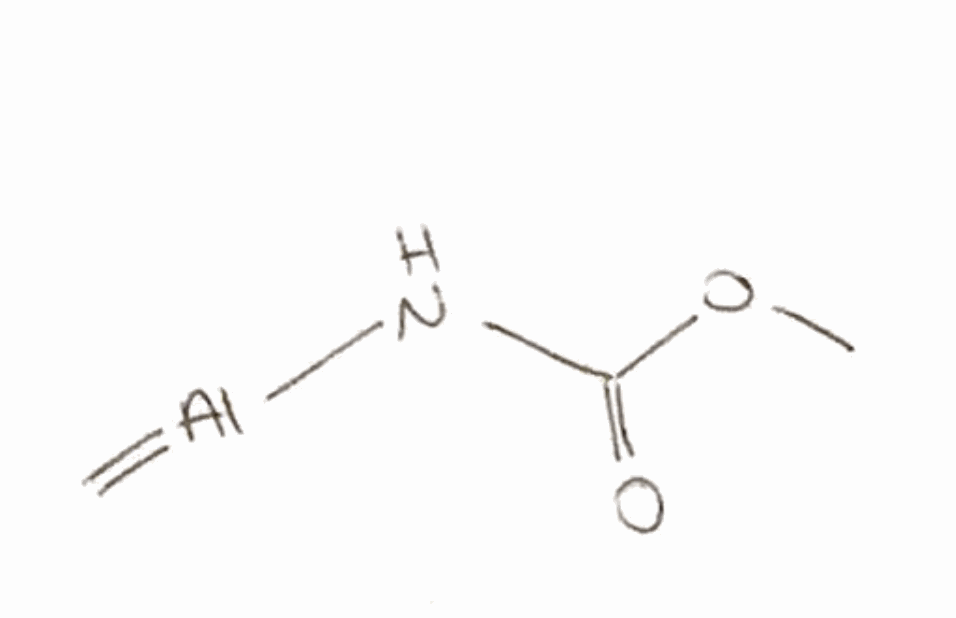
Simplified molecular-input line-entry system (SMILES) notation of the given molecule:
COC(=O)N[Al]=C